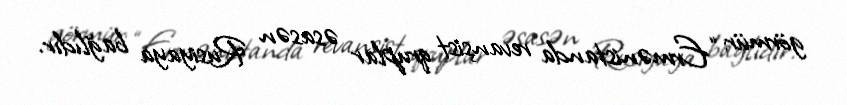
görmür: “Ermənistanda revanşist qruplar əsasən Rusiyaya bağlıdır.